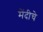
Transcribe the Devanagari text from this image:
मेंदीचे